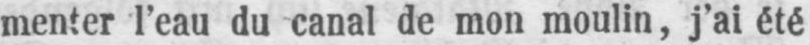
menter l’eau du canal de mon moulin, j’ai été